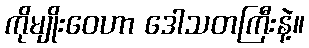
ကိုမျိုးဝေဟာ ဒေါသတကြီးနဲ့။